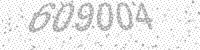
Solution: 609004